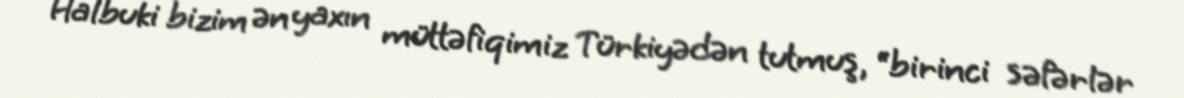
Halbuki bizim ən yaxın müttəfiqimiz Türkiyədən tutmuş, “birinci səfərlər